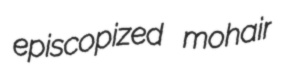
episcopized mohair